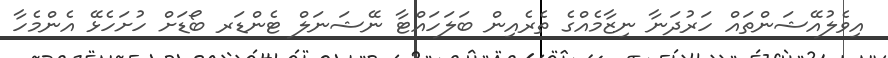
އިވެލުއޭޝަންތައް ހަރުދަނާ ނިޒާމެއްގެ ތެރެއިން ބަލަހައްޓާ ނޭޝަނަލް ޓެންޑަރ ބޯޑަށް ހުށަހެޅޭ އެންމެހާ